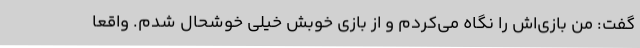
گفت: من بازی‌اش را نگاه می‌کردم و از بازی خوبش خیلی خوشحال شدم. واقعا